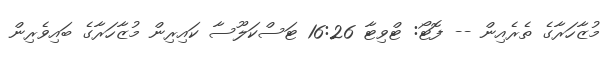
މުޒާހަރާގެ ތެރެއިން -- ފޮޓޯ: ޓްވިޓާ 16:26 ޓަސްކަލޫސާ ކައިރިން މުޒާހަރާގެ ބައިވެރިން